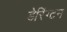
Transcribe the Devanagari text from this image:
डेरिंग्टन